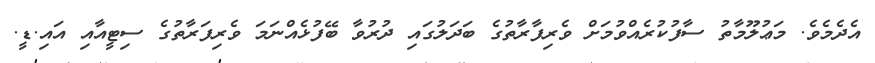
އެދެމެވެ. މަޢުލޫމާތު ސާފުކުރެއްވުމަށް ވެރިފާރާތުގެ ބަދަލުގައި ދުރުވާ ބޭފުޅެއްނަމަ ވެރިފަރާތުގެ ސިޓީއާއި އައި.ޑީ.